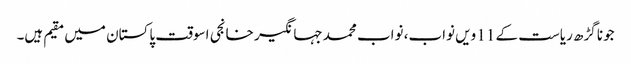
جونا گڑھ ریاست کے 11 ویں نواب، نواب محمد جہانگیر خانجی اسوقت پاکستان میں مقیم ہیں۔